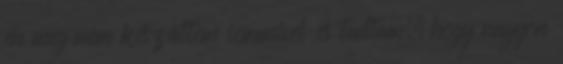
én meg nem készültem semmivel és tudtam, hogy nagyon